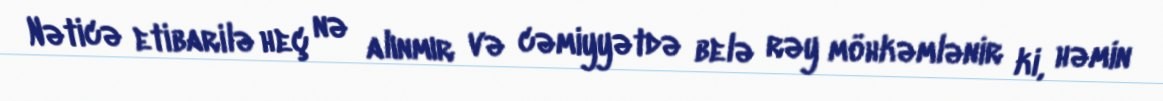
Nəticə etibarilə heç nə alınmır və cəmiyyətdə belə rəy möhkəmlənir ki, həmin